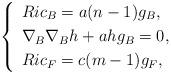
LaTeX: \begin{align*}\left\{ \begin{array}[pos]{lll}Ric_{B}=a(n-1)g_{B},\\\noalign{\smallskip}\nabla_{B}\nabla_{B}h+ahg_{B}=0,\\\noalign{\smallskip}Ric_{F}=c(m-1)g_{F},\end{array}\right.\end{align*}